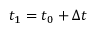
t _ { 1 } = t _ { 0 } + \Delta t